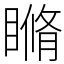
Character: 𥉈